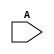
// This program was cloned from: https://github.com/TILOS-AI-Institute/MacroPlacement
// License: BSD 3-Clause "New" or "Revised" License

// ================================================================
// NVDLA Open Source Project
//
// Copyright(c) 2016 - 2017 NVIDIA Corporation. Licensed under the
// NVDLA Open Hardware License; Check "LICENSE" which comes with
// this distribution for more information.
// ================================================================
module NV_BLKBOX_SINK (
  A
 );
input A ;
endmodule